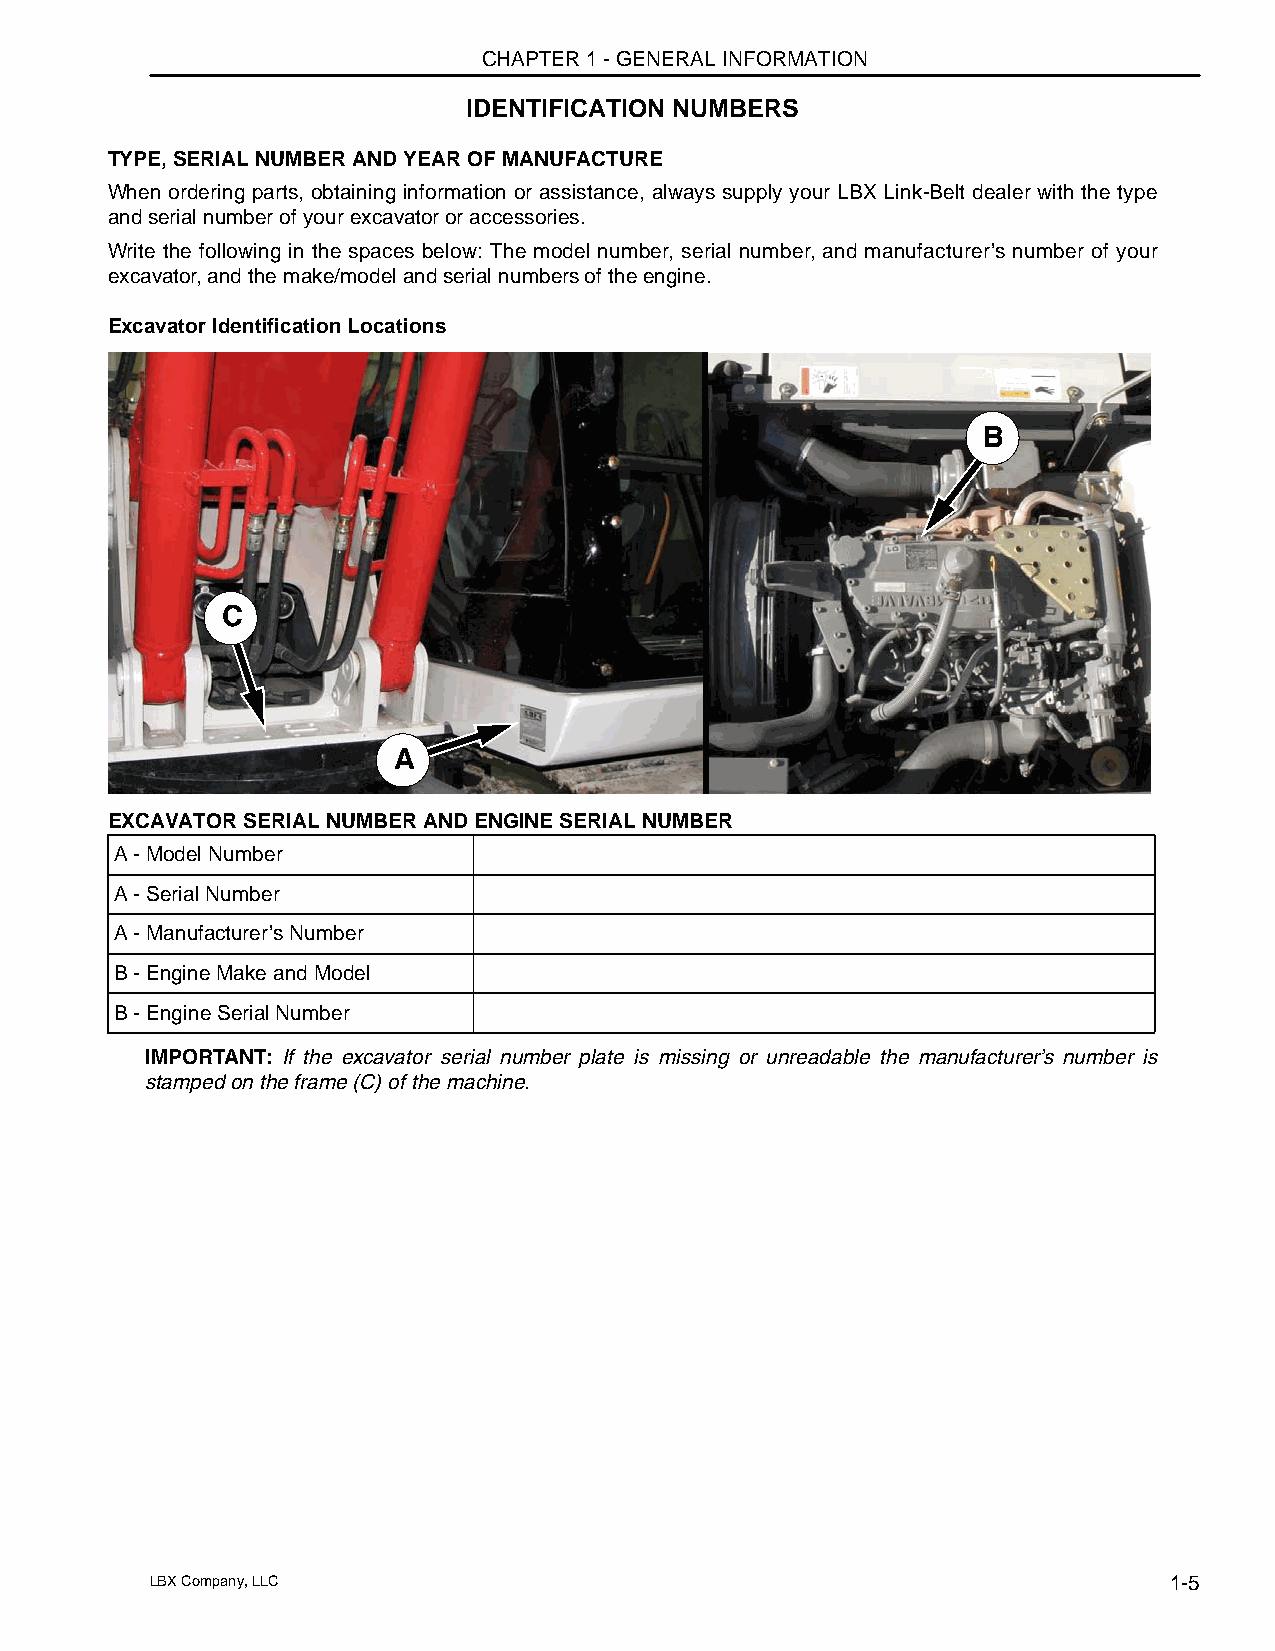
CHAPTER 1 - GENERAL INFORMATION
 IDENTIFICATION NUMBERS
 TYPE, SERIAL NUMBER AND YEAR OF MANUFACTURE
 When ordering parts, obtaining information or assistance, always supply your LBX Link-Belt dealer with the type
 and serial number of your excavator or accessories.
 Write the following in the spaces below: The model number, serial number, and manufacturer’s number of your
 excavator, and the make/model and serial numbers of the engine.
 Excavator Identification Locations
 B
 C
 A
 EXCAVATOR SERIAL NUMBER AND ENGINE SERIAL NUMBER
 A - Model Number
 A - Serial Number
 A - Manufacturer’s Number
 B - Engine Make and Model
 B - Engine Serial Number
 IMPORTANT: If the excavator serial number plate is missing or unreadable the manufacturer’s number is
 stamped on the frame (C) of the machine.
 LBX Company, LLC                                                   1-5